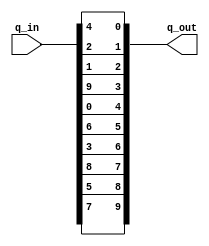
//module box_1(input: ([9:0]q_in, [9:0]q_out); 

module box_1(
	input			[9:0]q_in, 
	output wire	[9:0]q_out); 
	
	assign q_out = {q_in[7], q_in[5], q_in[8], q_in[3], q_in[6], q_in[0], q_in[9], q_in[1], q_in[2], q_in[4]};
	//assign q_out= {q_in[2], q_in[4], q_in[1], q_in[6], q_in[3], q_in[9], q_in[0], q_in[8], q_in[7], q_in[5]};
	
endmodule